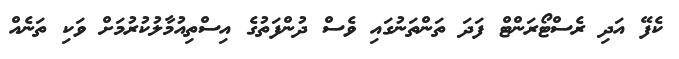
ކެފޭ އަދި ރެސްޓޯރަންޓް ފަދަ ތަންތަނުގައި ވެސް ދުންފަތުގެ އިސްތިއުމާލުކުރުމަށް ވަކި ތަނެއް